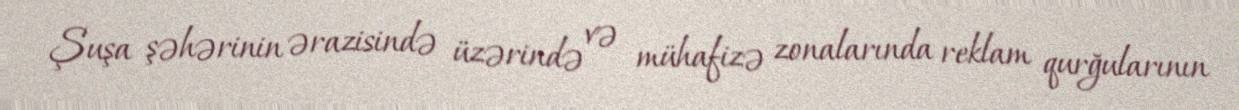
Şuşa şəhərinin ərazisində üzərində və mühafizə zonalarında reklam qurğularının